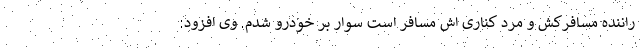
راننده مسافرکش و مرد کناری اش مسافر است سوار بر خودرو شدم. وی افزود: